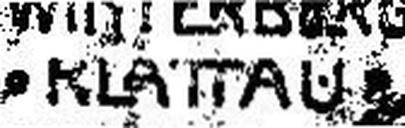
• KLATTAU •